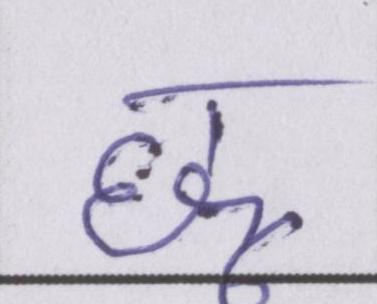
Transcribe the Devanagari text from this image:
छू